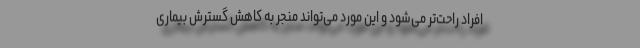
افراد راحت‌تر می‌شود و این مورد می‌تواند منجر به کاهش گسترش بیماری